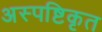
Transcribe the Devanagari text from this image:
अस्पष्टिकृत